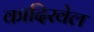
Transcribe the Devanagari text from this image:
कादिरवेल